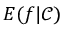
E ( f | { \mathcal { C } } )